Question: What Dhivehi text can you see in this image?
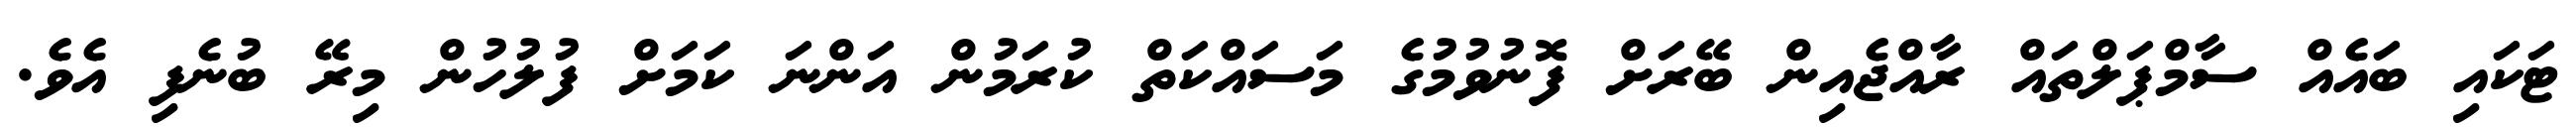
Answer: ޓަކައި ބައެއް ސާމްޕަލްތައް ރާއްޖެއިން ބޭރަށް ފޮނުވުމުގެ މަސައްކަތް ކުރަމުން އަންނަ ކަމަށް ފުލުހުން މިރޭ ބުނެފި އެވެ.